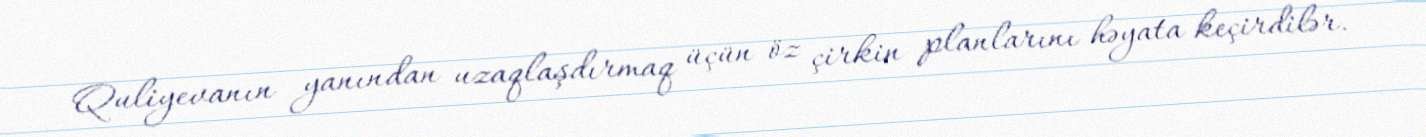
Quliyevanın yanından uzaqlaşdırmaq üçün öz çirkin planlarını həyata keçirdilər.